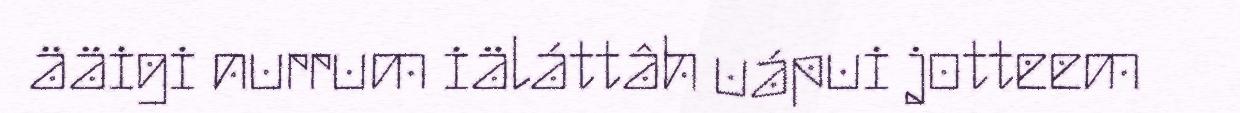
ääigi nurrum iäláttâh uápui jotteem